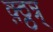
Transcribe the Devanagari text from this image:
क़्ठ्ठन्र्